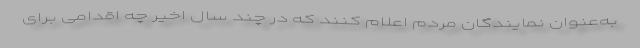
به‌عنوان نمایندگان مردم اعلام کنند که در چند سال اخیر چه اقدامی برای